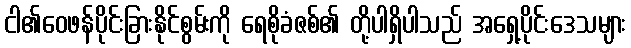
ငါ၏ဝေဖန်ပိုင်းခြားနိုင်စွမ်းကို ရေစိုခံဇစ်၏ တို့ပါရှိပါသည် အရှေ့ပိုင်းဒေသများ